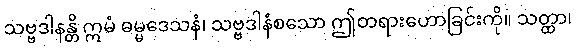
သဗ္ဗဒါနန္တိ ဣမံ ဓမ္မဒေသနံ၊ သဗ္ဗဒါနံစသော ဤတရားဟောခြင်းကို။ သတ္ထာ၊